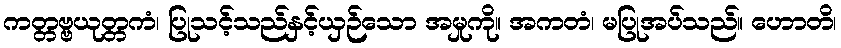
ကတ္တဗ္ဗယုတ္တကံ၊ ပြုသင့်သည်နှင့်ယှဉ်သော အမှုကို။ အကတံ၊ မပြုအပ်သည်။ ဟောတိ၊